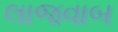
લાજવાબ